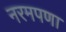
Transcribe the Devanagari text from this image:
नरमपणा